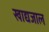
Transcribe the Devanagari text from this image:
खाद्यजाल